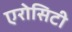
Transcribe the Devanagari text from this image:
एरोसिटी